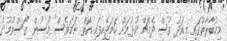
މިމުބާރާތުގައި މިއަދު ވެސް ދެމެޗް ކުޅުމަށް ހަމަޖެހިފައި އޮތް ނަމަވެސް މޫސުން ގޯސްވުމުގެ